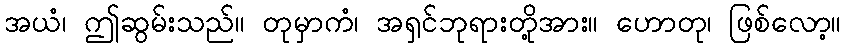
အယံ၊ ဤဆွမ်းသည်။ တုမှာကံ၊ အရှင်ဘုရားတို့အား။ ဟောတု၊ ဖြစ်လော့။